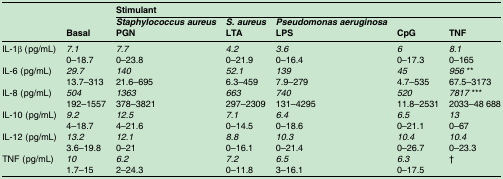
<table><thead><tr><td colspan="2"><b> </b></td><td colspan="5"><b>Stimulant</b></td></tr><tr><td></td><td><b>Basal</b></td><td><b><i>Staphylococcus aureus</i>PGN</b></td><td><b><i>S. aureus</i>LTA</b></td><td><b><i>Pseudomonas aeruginosa</i>LPS</b></td><td><b>CpG</b></td><td><b>TNF</b></td></tr></thead><tbody><tr><td>IL-1β (pg/mL)</td><td><i>7.1</i>0–18.7</td><td><i>7.7</i>0–23.8</td><td><i>4.2</i>0–21.9</td><td><i>3.6</i>0–16.4</td><td><i>6</i>0–17.3</td><td><i>8.1</i>0–165</td></tr><tr><td>IL-6 (pg/mL)</td><td><i>29.7</i>13.7–313</td><td><i>140</i>21.6–695</td><td><i>52.1</i>6.3–459</td><td><i>139</i>7.9–279</td><td><i>45</i>4.7–535</td><td><i>956</i> **67.5–3173</td></tr><tr><td>IL-8 (pg/mL)</td><td><i>504</i>192–1557</td><td><i>1363</i>378–3821</td><td><i>663</i>297–2309</td><td><i>740</i>131–4295</td><td><i>520</i>11.8–2531</td><td><i>7817</i> ***2033–48 688</td></tr><tr><td>IL-10 (pg/mL)</td><td><i>9.2</i>4–18.7</td><td><i>12.5</i>4–21.6</td><td><i>7.1</i>0–14.5</td><td><i>6.4</i>0–18.6</td><td><i>6.5</i>0–21.1</td><td><i>13</i>0–67</td></tr><tr><td>IL-12 (pg/mL)</td><td><i>13.2</i>3.6–19.8</td><td><i>12.1</i>0–21</td><td><i>8.8</i>0–16.1</td><td><i>10.3</i>0–21.4</td><td><i>10.4</i>0–26.7</td><td><i>10.4</i>0–23.3</td></tr><tr><td>TNF (pg/mL)</td><td><i>10</i>1.7–15</td><td><i>6.2</i>2–24.3</td><td><i>7.2</i>0–11.8</td><td><i>6.5</i>3–16.1</td><td><i>6.3</i>0–17.5</td><td>†</td></tr></tbody></table>